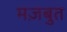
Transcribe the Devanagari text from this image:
मज़बुत